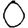
Digit: 0